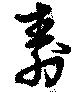
壽